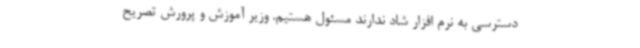
دسترسی به نرم افزار شاد ندارند مسئول هستیم. وزیر آموزش و پرورش تصریح